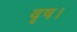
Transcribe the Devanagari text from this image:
वृष।